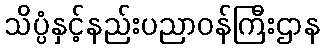
သိပ္ပံနှင့်နည်းပညာဝန်ကြီးဌာန